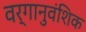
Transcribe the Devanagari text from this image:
वर्गानुवंशिक